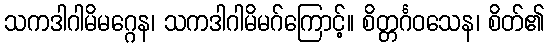
သကဒါဂါမိမဂ္ဂေန၊ သကဒါဂါမိမဂ်ကြောင့်။ စိတ္တင်္ဂဝသေန၊ စိတ်၏